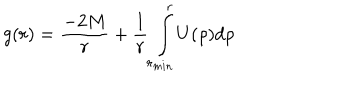
g ( r ) = { \frac { - 2 M } { r } } + { \frac { 1 } { r } } \int _ { r _ { m i n } } ^ { r } U ( \rho ) d \rho